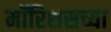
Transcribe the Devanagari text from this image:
मॉरिशसच्या